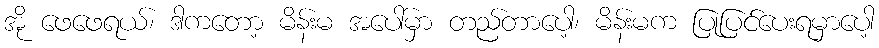
အို ဖေဖေရယ်၊ ဒါကတော့ မိန်းမ အပေါ်မှာ တည်တာပေါ့၊ မိန်းမက ပြုပြင်ပေးရမှာပေါ့